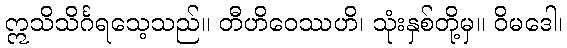
ဣသိသိင်္ဂရသေ့သည်။ တီဟိဝေဿဟိ၊ သုံးနှစ်တို့မှ။ ဝိမဒေါ၊